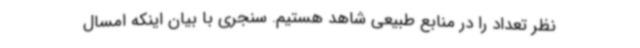
نظر تعداد را در منابع طبیعی شاهد هستیم. سنجری با بیان اینکه امسال